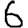
Digit: 6